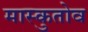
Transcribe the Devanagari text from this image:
मास्कुतोव